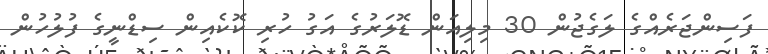
ފަސިންޖަރެއްގެ ލަގެޖުން 30 މިލިއަން ޑޮލަރުގެ އަގު ހުރި ކޮކެއިން ސިޑްނީގެ ފުލުހުން